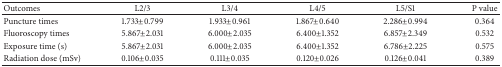
<table><thead><tr><td><b>Outcomes</b></td><td><b>L2/3</b></td><td><b>L3/4</b></td><td><b>L4/5</b></td><td><b>L5/S1</b></td><td><b>P value</b></td></tr></thead><tbody><tr><td>Puncture times</td><td>1.733±0.799</td><td>1.933±0.961</td><td>1.867±0.640</td><td>2.286±0.994</td><td>0.364</td></tr><tr><td>Fluoroscopy times</td><td>5.867±2.031</td><td>6.000±2.035</td><td>6.400±1.352</td><td>6.857±2.349</td><td>0.532</td></tr><tr><td>Exposure time (s)</td><td>5.867±2.031</td><td>6.000±2.035</td><td>6.400±1.352</td><td>6.786±2.225</td><td>0.575</td></tr><tr><td>Radiation dose (mSv)</td><td>0.106±0.035</td><td>0.111±0.035</td><td>0.120±0.026</td><td>0.126±0.041</td><td>0.389</td></tr></tbody></table>